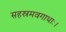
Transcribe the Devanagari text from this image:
सहस्रमवगाधाः।